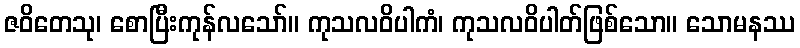
ဇဝိတေသု၊ စောပြီးကုန်လသော်။ ကုသလဝိပါကံ၊ ကုသလဝိပါတ်ဖြစ်သော။ သောမနဿ